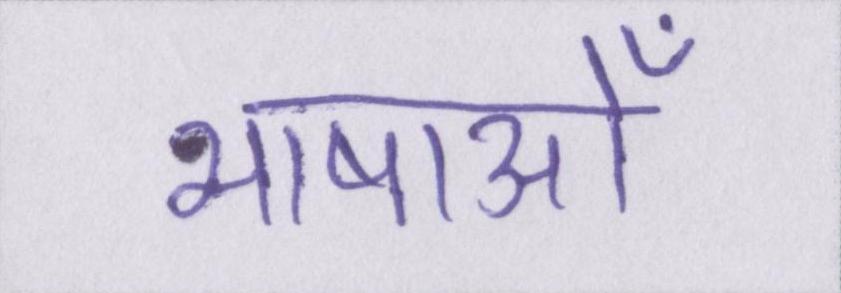
भाषाओँ